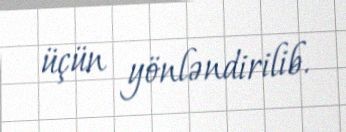
üçün yönləndirilib.